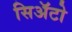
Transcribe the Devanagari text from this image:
सिअॅटो